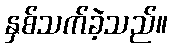
နှစ်သက်ခဲ့သည်။